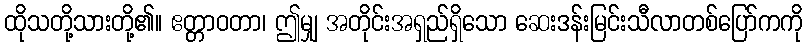
ထိုသတို့သားတို့၏။ ဧတ္တာဝတာ၊ ဤမျှ အတိုင်းအရှည်ရှိသော ဆေးဒန်းမြင်းသီလာတစ်ပြော်ကကို